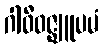
ဂါဝီဝဇ္ဈူပမံ